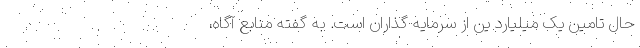
حال تامین یک میلیارد ین از سرمایه گذاران است. به گفته منابع آگاه،